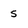
Character: 5